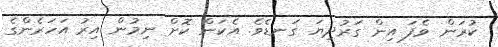
ކުރަން ވެފަ އިން ގަރުދިޔަ ގަނޑެވެ. އެކަން ކޮށް ނިމުން އިރު އަހަރެންގެ